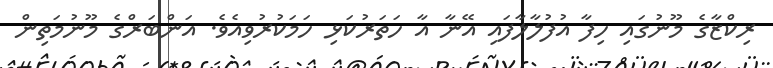
ރިކްޒާގެ މޫނުގައި ހިފާ އުފުލާލާފައި އޭނާ އާ ހަތަރުކަޅި ހަމަކުރުވިއެވެ. އަންބަރްގެ މޫނުމަތިން